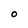
Character: O